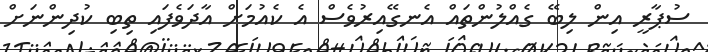
ސުޕާރީ އިން ލިބޭ ގެއްލުންތައް އެނގޭއިރުވެސް އެ ކެއުމަށް އާދަވެފައި ތިބި ކުދިންނަށް